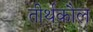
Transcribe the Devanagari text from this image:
तीर्थकौल